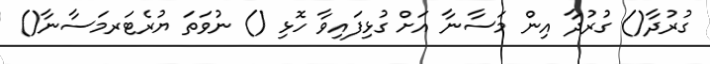
ގުރުދާ() ގުރުދާ އިން މަސާނާ އަށް ގުޅިފައިވާ ހޮޅި () ނުވަތަ ޔުރެޓަރމަސާނާ()